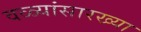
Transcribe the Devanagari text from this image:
वळ्यांसारख्या